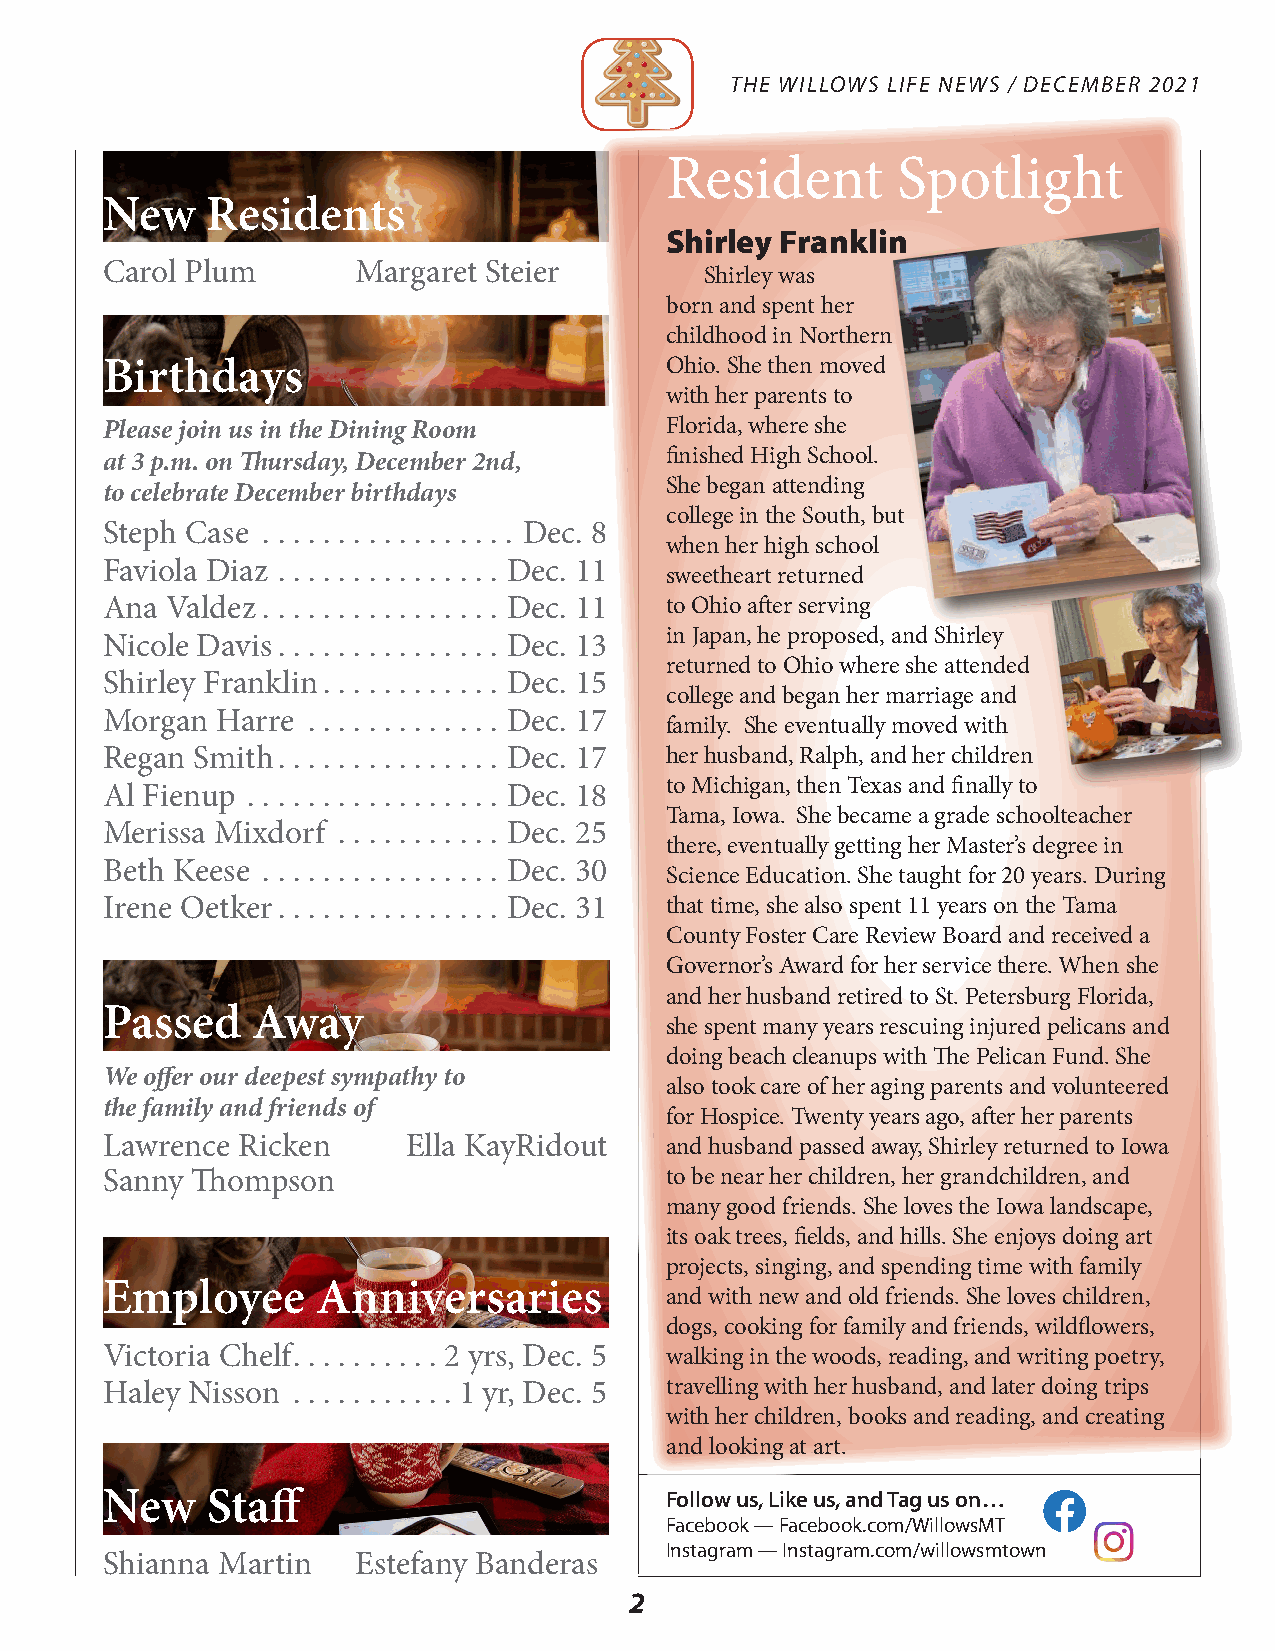
THE WILLOWS LIFE NEWS / DECEMBER 2021
 Resident       Spotlight
 New    Residents
 Shirley Franklin
 Carol Plum       Margaret Steier
 Shirley was
 born and spent her
 childhood in Northern
 Birthdays                            Ohio. She then moved
 with her parents to
 Please join us in the Dining Room    Florida, where she
 at 3 p.m. on Thursday, December 2nd, finished High School.
 She began attending
 to celebrate December birthdays
 college in the South, but
 Steph Case . . . . . . . . . . . . . . . . . Dec. 8
 when her high school
 Faviola Diaz . . . . . . . . . . . . . . . Dec. 11
 sweetheart returned
 Ana Valdez . . . . . . . . . . . . . . . . Dec. 11 to Ohio after serving
 in Japan, he proposed, and Shirley
 Nicole Davis. . . . . . . . . . . . . . . Dec. 13
 returned to Ohio where she attended
 Shirley Franklin. . . . . . . . . . . . Dec. 15
 college and began her marriage and
 Morgan Harre . . . . . . . . . . . . . Dec. 17
 family. She eventually moved with
 Regan Smith. . . . . . . . . . . . . . . Dec. 17 her husband, Ralph, and her children
 to Michigan, then Texas and finally to
 Al Fienup . . . . . . . . . . . . . . . . . Dec. 18
 Tama, Iowa. She became a grade schoolteacher
 Merissa Mixdorf . . . . . . . . . . . Dec. 25
 there, eventually getting her Master’s degree in
 Beth Keese . . . . . . . . . . . . . . . . Dec. 30
 Science Education. She taught for 20 years. During
 Irene Oetker. . . . . . . . . . . . . . . Dec. 31 that time, she also spent 11 years on the Tama
 County Foster Care Review Board and received a
 Governor’s Award for her service there. When she
 and her husband retired to St. Petersburg Florida,
 Passed    Away
 she spent many years rescuing injured pelicans and
 doing beach cleanups with The Pelican Fund. She
 We offer our deepest sympathy to
 also took care of her aging parents and volunteered
 the family and friends of
 for Hospice. Twenty years ago, after her parents
 Lawrence Ricken     Ella KayRidout   and husband passed away, Shirley returned to Iowa
 Sanny Thompson                       to be near her children, her grandchildren, and
 many good friends. She loves the Iowa landscape,
 its oak trees, fields, and hills. She enjoys doing art
 projects, singing, and spending time with family
 Employee      Anniversaries
 and with new and old friends. She loves children,
 dogs, cooking for family and friends, wildflowers,
 Victoria Chelf. . . . . . . . . . 2 yrs, Dec. 5 walking in the woods, reading, and writing poetry,
 Haley Nisson . . . . . . . . . . . 1 yr, Dec. 5 travelling with her husband, and later doing trips
 with her children, books and reading, and creating
 and looking at art.
 New    Staff                         Follow us, Like us, and Tag us on…
 Facebook — Facebook.com/WillowsMT
 Instagram — Instagram.com/willowsmtown
 Shianna Martin   Estefany Banderas
 2